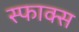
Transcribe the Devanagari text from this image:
स्फाक्स